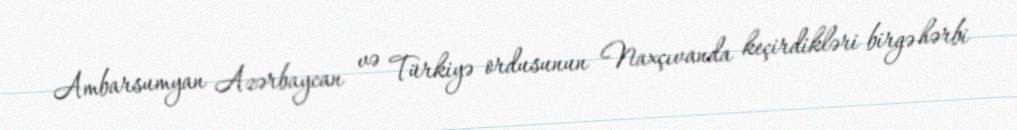
Ambarsumyan Azərbaycan və Türkiyə ordusunun Naxçıvanda keçirdikləri birgə hərbi